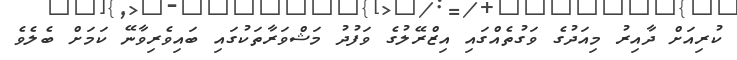
ކުރިއަށް ދާއިރު މިއަދުގެ ވަގުތެއްގައި އިޒްރޭލުގެ ވަފުދު މަޝްވަރާތަކުގައި ބައިވެރިވާނޭ ކަމަށް ބެލެވެ